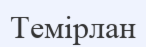
Темірлан